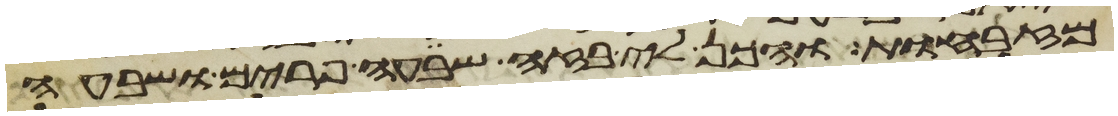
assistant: מזבחות והכן לי בזה שבעה פרים ושבעה